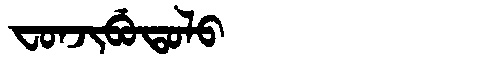
Manchu: ᠸᠣᠨᠵᡳᠪᡠᡨᠣᠯᠣ
Romanization: FONJIBUTOLO